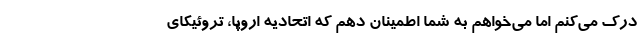
درک می‌کنم اما می‌خواهم به شما اطمینان دهم که اتحادیه اروپا، تروئیکای